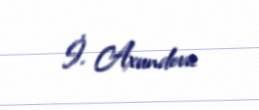
İ. Axundova